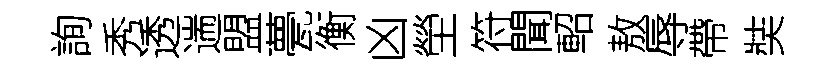
詢秀透遄盟甍衡凶塋符聞軺敖辱帶奘